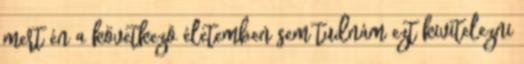
mert én a következõ életemben sem tudnám ezt kivitelezni